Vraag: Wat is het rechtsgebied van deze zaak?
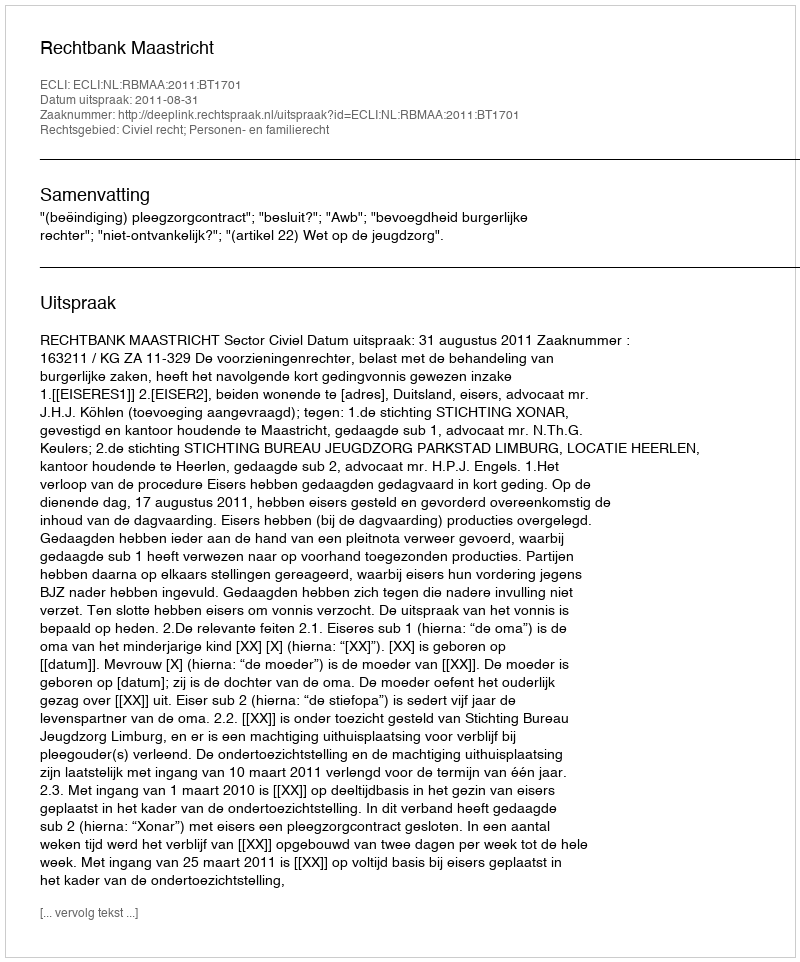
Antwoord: Civiel recht; Personen- en familierecht